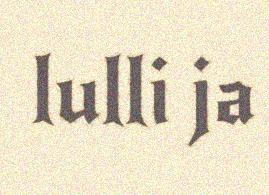
lulli ja